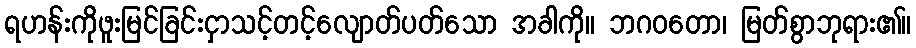
ရဟန်းကိုဖူးမြင်ခြင်းငှာသင့်တင့်လျောတ်ပတ်သော အခါကို။ ဘဂဝတော၊ မြတ်စွာဘုရား၏။